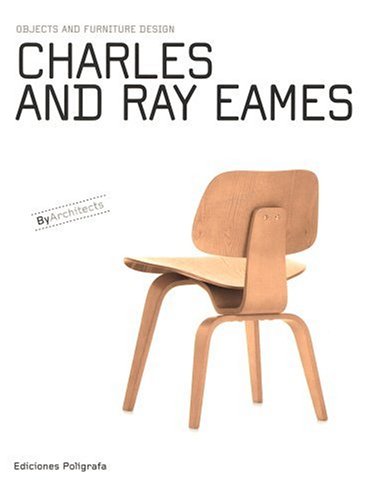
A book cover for Charles & Ray Eames: Objects and Furniture Design By Architects; Patricia de Muga; Crafts, Hobbies & Home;